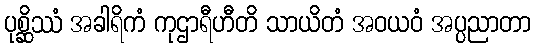
ပုစ္ဆိဿံ အခါရိကံ ကုဌာရီဟီတိ သာယိတံ အဝယဝံ အပ္ပညာတာ